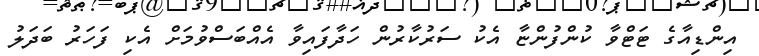
އިންޑިއާގެ ޓަޓްވާ ކުންފުންޏާ އެކު ސަރުކާރުން ހަދާފައިވާ އެއްބަސްވުމަށް އެކި ފަހަރު ބަދަލު